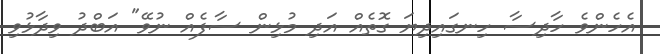
އެހެންވެ ހާދިސާ ހިނގައިދިޔަ ގޮތެއް އަދި މުޅިން ސާފެއް ނުވޭ" އަބްދު ވިދާޅުވި